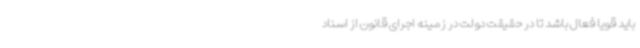
باید قویا فعال باشد تا در حقیقت دولت در زمینه اجرای قانون از اسناد